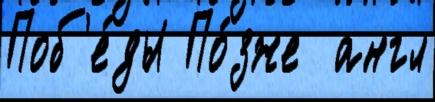
Поб'е́ды По́зже  англ